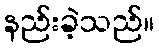
နည်းခဲ့သည်။